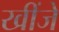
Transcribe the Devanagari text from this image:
खींजे